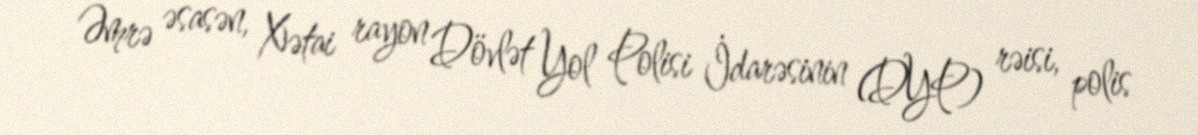
Əmrə əsasən, Xətai rayon Dövlət Yol Polisi İdarəsinin (DYP) rəisi, polis